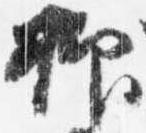
抑